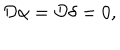
LaTeX: { \cal D } \alpha = { \cal D } \delta = 0 ,